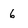
Character: 6